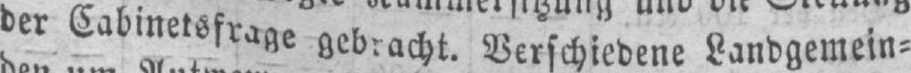
Verschiedene Landgemein⸗